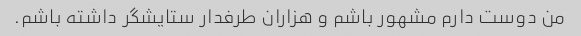
من دوست دارم مشهور باشم و هزاران طرفدار ستایشگر داشته باشم.